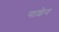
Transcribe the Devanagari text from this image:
पाशेन